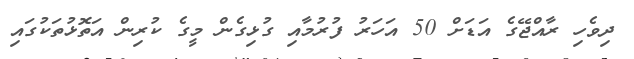
ދިވެހި ރާއްޖޭގެ އަޑަށް 50 އަހަރު ފުރުމާއި ގުޅިގެން މީގެ ކުރިން އަތޮޅުތަކުގައި